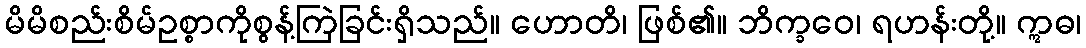
မိမိစည်းစိမ်ဥစ္စာကိုစွန့်ကြဲခြင်းရှိသည်။ ဟောတိ၊ ဖြစ်၏။ ဘိက္ခဝေ၊ ရဟန်းတို့။ ဣဓ၊